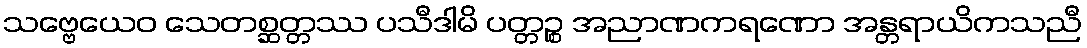
သဗ္ဗေယေဝ သေတစ္ဆတ္တဿ ပသီဒါမိ ပတ္တဉ္စ အညာဏကရဏော အန္တရာယိကသညီ